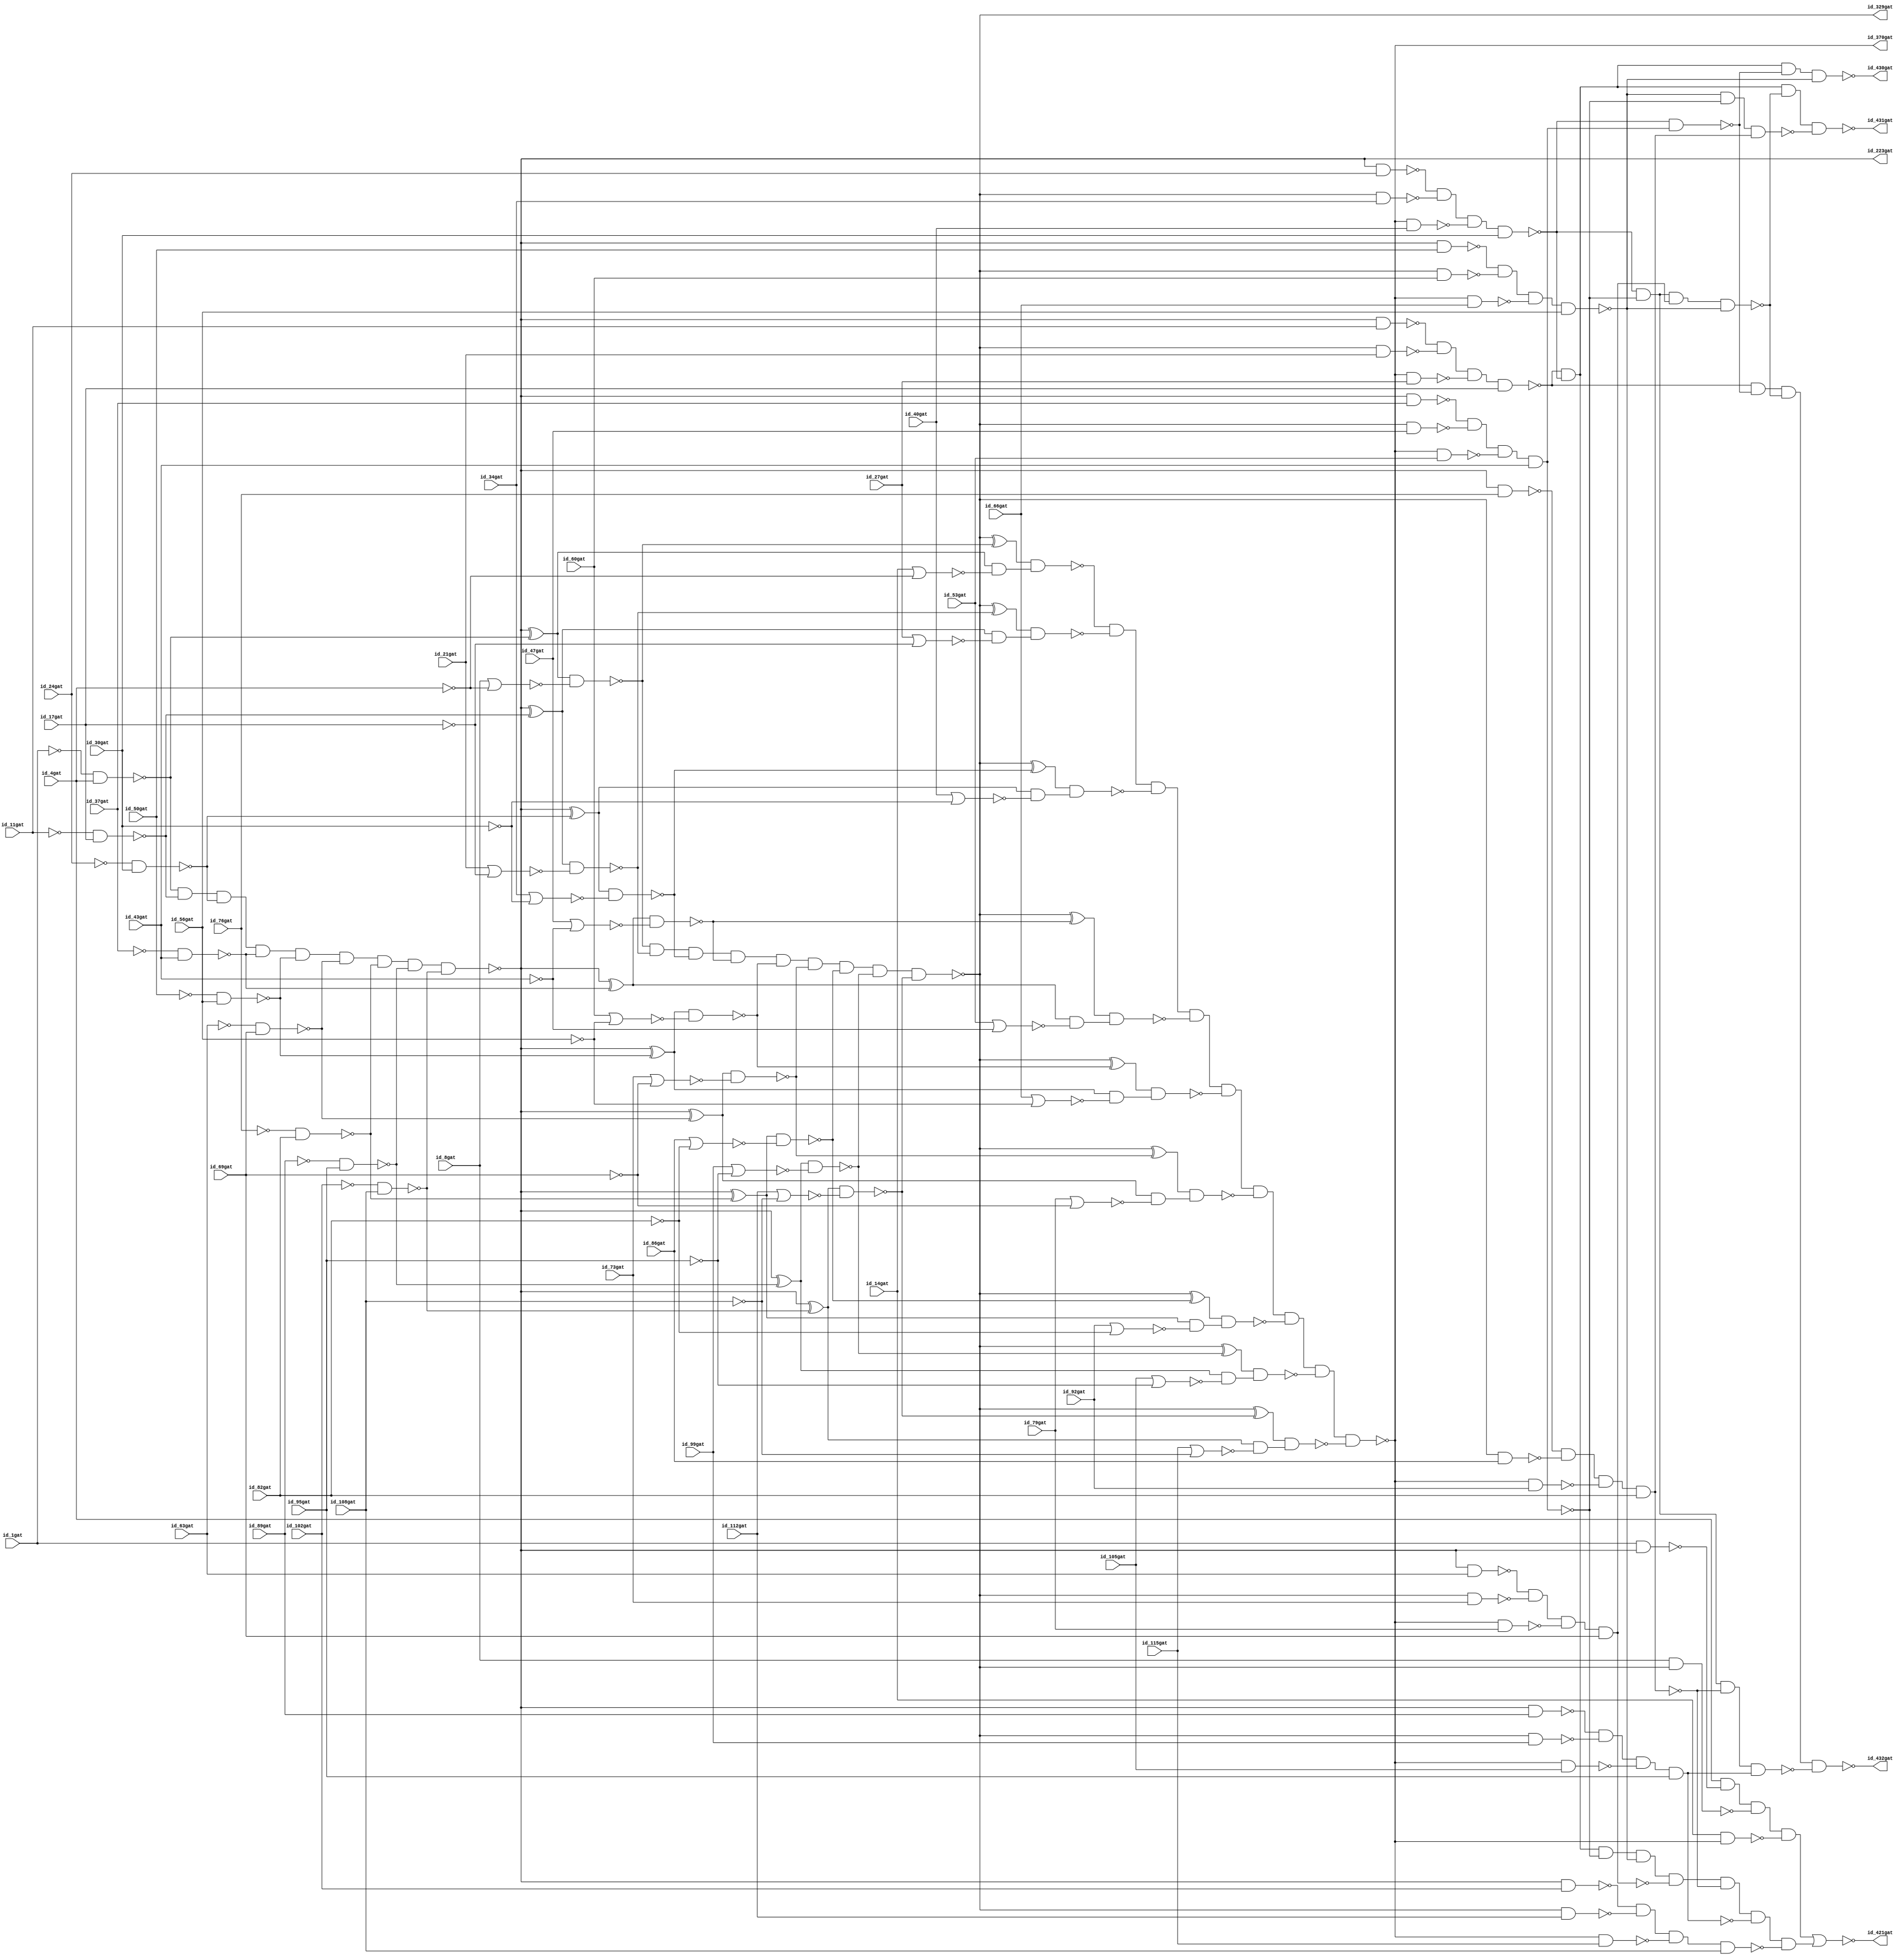
module c432
( id_1gat ,id_4gat ,id_8gat ,id_11gat ,id_14gat ,id_17gat ,id_21gat ,id_24gat ,id_27gat ,id_30gat ,id_34gat ,id_37gat ,id_40gat ,id_43gat ,id_47gat ,id_50gat ,id_53gat ,id_56gat ,id_60gat ,id_63gat ,id_66gat ,id_69gat ,id_73gat ,id_76gat ,id_79gat ,id_82gat ,id_86gat ,id_89gat ,id_92gat ,id_95gat ,id_99gat ,id_102gat ,id_105gat ,id_108gat ,id_112gat ,id_115gat ,id_223gat ,id_329gat ,id_370gat ,id_421gat ,id_430gat ,id_431gat ,id_432gat );

input id_1gat, id_4gat, id_8gat, id_11gat, id_14gat, id_17gat, id_21gat, id_24gat, id_27gat, id_30gat, id_34gat, id_37gat, id_40gat, id_43gat, id_47gat, id_50gat, id_53gat, id_56gat, id_60gat, id_63gat, id_66gat, id_69gat, id_73gat, id_76gat, id_79gat, id_82gat, id_86gat, id_89gat, id_92gat, id_95gat, id_99gat, id_102gat, id_105gat, id_108gat, id_112gat, id_115gat;

output id_223gat, id_329gat, id_370gat, id_421gat, id_430gat, id_431gat, id_432gat;

not ( id_118gat, id_1gat);
not ( id_119gat, id_4gat);
not ( id_122gat, id_11gat);
not ( id_123gat, id_17gat);
not ( id_126gat, id_24gat);
not ( id_127gat, id_30gat);
not ( id_130gat, id_37gat);
not ( id_131gat, id_43gat);
not ( id_134gat, id_50gat);
not ( id_135gat, id_56gat);
not ( id_138gat, id_63gat);
not ( id_139gat, id_69gat);
not ( id_142gat, id_76gat);
not ( id_143gat, id_82gat);
not ( id_146gat, id_89gat);
not ( id_147gat, id_95gat);
not ( id_150gat, id_102gat);
not ( id_151gat, id_108gat);
nand ( id_154gat, id_118gat, id_4gat);
nor ( id_157gat, id_8gat, id_119gat);
nor ( id_158gat, id_14gat, id_119gat);
nand ( id_159gat, id_122gat, id_17gat);
nand ( id_162gat, id_126gat, id_30gat);
nand ( id_165gat, id_130gat, id_43gat);
nand ( id_168gat, id_134gat, id_56gat);
nand ( id_171gat, id_138gat, id_69gat);
nand ( id_174gat, id_142gat, id_82gat);
nand ( id_177gat, id_146gat, id_95gat);
nand ( id_180gat, id_150gat, id_108gat);
nor ( id_183gat, id_21gat, id_123gat);
nor ( id_184gat, id_27gat, id_123gat);
nor ( id_185gat, id_34gat, id_127gat);
nor ( id_186gat, id_40gat, id_127gat);
nor ( id_187gat, id_47gat, id_131gat);
nor ( id_188gat, id_53gat, id_131gat);
nor ( id_189gat, id_60gat, id_135gat);
nor ( id_190gat, id_66gat, id_135gat);
nor ( id_191gat, id_73gat, id_139gat);
nor ( id_192gat, id_79gat, id_139gat);
nor ( id_193gat, id_86gat, id_143gat);
nor ( id_194gat, id_92gat, id_143gat);
nor ( id_195gat, id_99gat, id_147gat);
nor ( id_196gat, id_105gat, id_147gat);
nor ( id_197gat, id_112gat, id_151gat);
nor ( id_198gat, id_115gat, id_151gat);
and ( id_199gat, id_154gat, id_159gat, id_162gat, id_165gat, id_168gat, id_171gat, id_174gat, id_177gat, id_180gat);
not ( id_203gat, id_199gat);
not ( id_213gat, id_199gat);
not ( id_223gat, id_199gat);
xor ( id_224gat, id_203gat, id_154gat);
xor ( id_227gat, id_203gat, id_159gat);
xor ( id_230gat, id_203gat, id_162gat);
xor ( id_233gat, id_203gat, id_165gat);
xor ( id_236gat, id_203gat, id_168gat);
xor ( id_239gat, id_203gat, id_171gat);
nand ( id_242gat, id_1gat, id_213gat);
xor ( id_243gat, id_203gat, id_174gat);
nand ( id_246gat, id_213gat, id_11gat);
xor ( id_247gat, id_203gat, id_177gat);
nand ( id_250gat, id_213gat, id_24gat);
xor ( id_251gat, id_203gat, id_180gat);
nand ( id_254gat, id_213gat, id_37gat);
nand ( id_255gat, id_213gat, id_50gat);
nand ( id_256gat, id_213gat, id_63gat);
nand ( id_257gat, id_213gat, id_76gat);
nand ( id_258gat, id_213gat, id_89gat);
nand ( id_259gat, id_213gat, id_102gat);
nand ( id_260gat, id_224gat, id_157gat);
nand ( id_263gat, id_224gat, id_158gat);
nand ( id_264gat, id_227gat, id_183gat);
nand ( id_267gat, id_230gat, id_185gat);
nand ( id_270gat, id_233gat, id_187gat);
nand ( id_273gat, id_236gat, id_189gat);
nand ( id_276gat, id_239gat, id_191gat);
nand ( id_279gat, id_243gat, id_193gat);
nand ( id_282gat, id_247gat, id_195gat);
nand ( id_285gat, id_251gat, id_197gat);
nand ( id_288gat, id_227gat, id_184gat);
nand ( id_289gat, id_230gat, id_186gat);
nand ( id_290gat, id_233gat, id_188gat);
nand ( id_291gat, id_236gat, id_190gat);
nand ( id_292gat, id_239gat, id_192gat);
nand ( id_293gat, id_243gat, id_194gat);
nand ( id_294gat, id_247gat, id_196gat);
nand ( id_295gat, id_251gat, id_198gat);
and ( id_296gat, id_260gat, id_264gat, id_267gat, id_270gat, id_273gat, id_276gat, id_279gat, id_282gat, id_285gat);
not ( id_300gat, id_263gat);
not ( id_301gat, id_288gat);
not ( id_302gat, id_289gat);
not ( id_303gat, id_290gat);
not ( id_304gat, id_291gat);
not ( id_305gat, id_292gat);
not ( id_306gat, id_293gat);
not ( id_307gat, id_294gat);
not ( id_308gat, id_295gat);
not ( id_309gat, id_296gat);
not ( id_319gat, id_296gat);
not ( id_329gat, id_296gat);
xor ( id_330gat, id_309gat, id_260gat);
xor ( id_331gat, id_309gat, id_264gat);
xor ( id_332gat, id_309gat, id_267gat);
xor ( id_333gat, id_309gat, id_270gat);
nand ( id_334gat, id_8gat, id_319gat);
xor ( id_335gat, id_309gat, id_273gat);
nand ( id_336gat, id_319gat, id_21gat);
xor ( id_337gat, id_309gat, id_276gat);
nand ( id_338gat, id_319gat, id_34gat);
xor ( id_339gat, id_309gat, id_279gat);
nand ( id_340gat, id_319gat, id_47gat);
xor ( id_341gat, id_309gat, id_282gat);
nand ( id_342gat, id_319gat, id_60gat);
xor ( id_343gat, id_309gat, id_285gat);
nand ( id_344gat, id_319gat, id_73gat);
nand ( id_345gat, id_319gat, id_86gat);
nand ( id_346gat, id_319gat, id_99gat);
nand ( id_347gat, id_319gat, id_112gat);
nand ( id_348gat, id_330gat, id_300gat);
nand ( id_349gat, id_331gat, id_301gat);
nand ( id_350gat, id_332gat, id_302gat);
nand ( id_351gat, id_333gat, id_303gat);
nand ( id_352gat, id_335gat, id_304gat);
nand ( id_353gat, id_337gat, id_305gat);
nand ( id_354gat, id_339gat, id_306gat);
nand ( id_355gat, id_341gat, id_307gat);
nand ( id_356gat, id_343gat, id_308gat);
and ( id_357gat, id_348gat, id_349gat, id_350gat, id_351gat, id_352gat, id_353gat, id_354gat, id_355gat, id_356gat);
not ( id_360gat, id_357gat);
not ( id_370gat, id_357gat);
nand ( id_371gat, id_14gat, id_360gat);
nand ( id_372gat, id_360gat, id_27gat);
nand ( id_373gat, id_360gat, id_40gat);
nand ( id_374gat, id_360gat, id_53gat);
nand ( id_375gat, id_360gat, id_66gat);
nand ( id_376gat, id_360gat, id_79gat);
nand ( id_377gat, id_360gat, id_92gat);
nand ( id_378gat, id_360gat, id_105gat);
nand ( id_379gat, id_360gat, id_115gat);
nand ( id_380gat, id_4gat, id_242gat, id_334gat, id_371gat);
nand ( id_381gat, id_246gat, id_336gat, id_372gat, id_17gat);
nand ( id_386gat, id_250gat, id_338gat, id_373gat, id_30gat);
nand ( id_393gat, id_254gat, id_340gat, id_374gat, id_43gat);
nand ( id_399gat, id_255gat, id_342gat, id_375gat, id_56gat);
nand ( id_404gat, id_256gat, id_344gat, id_376gat, id_69gat);
nand ( id_407gat, id_257gat, id_345gat, id_377gat, id_82gat);
nand ( id_411gat, id_258gat, id_346gat, id_378gat, id_95gat);
nand ( id_414gat, id_259gat, id_347gat, id_379gat, id_108gat);
not ( id_415gat, id_380gat);
and ( id_416gat, id_381gat, id_386gat, id_393gat, id_399gat, id_404gat, id_407gat, id_411gat, id_414gat);
not ( id_417gat, id_393gat);
not ( id_418gat, id_404gat);
not ( id_419gat, id_407gat);
not ( id_420gat, id_411gat);
nor ( id_421gat, id_415gat, id_416gat);
nand ( id_422gat, id_386gat, id_417gat);
nand ( id_425gat, id_386gat, id_393gat, id_418gat, id_399gat);
nand ( id_428gat, id_399gat, id_393gat, id_419gat);
nand ( id_429gat, id_386gat, id_393gat, id_407gat, id_420gat);
nand ( id_430gat, id_381gat, id_386gat, id_422gat, id_399gat);
nand ( id_431gat, id_381gat, id_386gat, id_425gat, id_428gat);
nand ( id_432gat, id_381gat, id_422gat, id_425gat, id_429gat);

endmodule